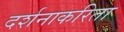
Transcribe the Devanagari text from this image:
दर्शनाकरिता